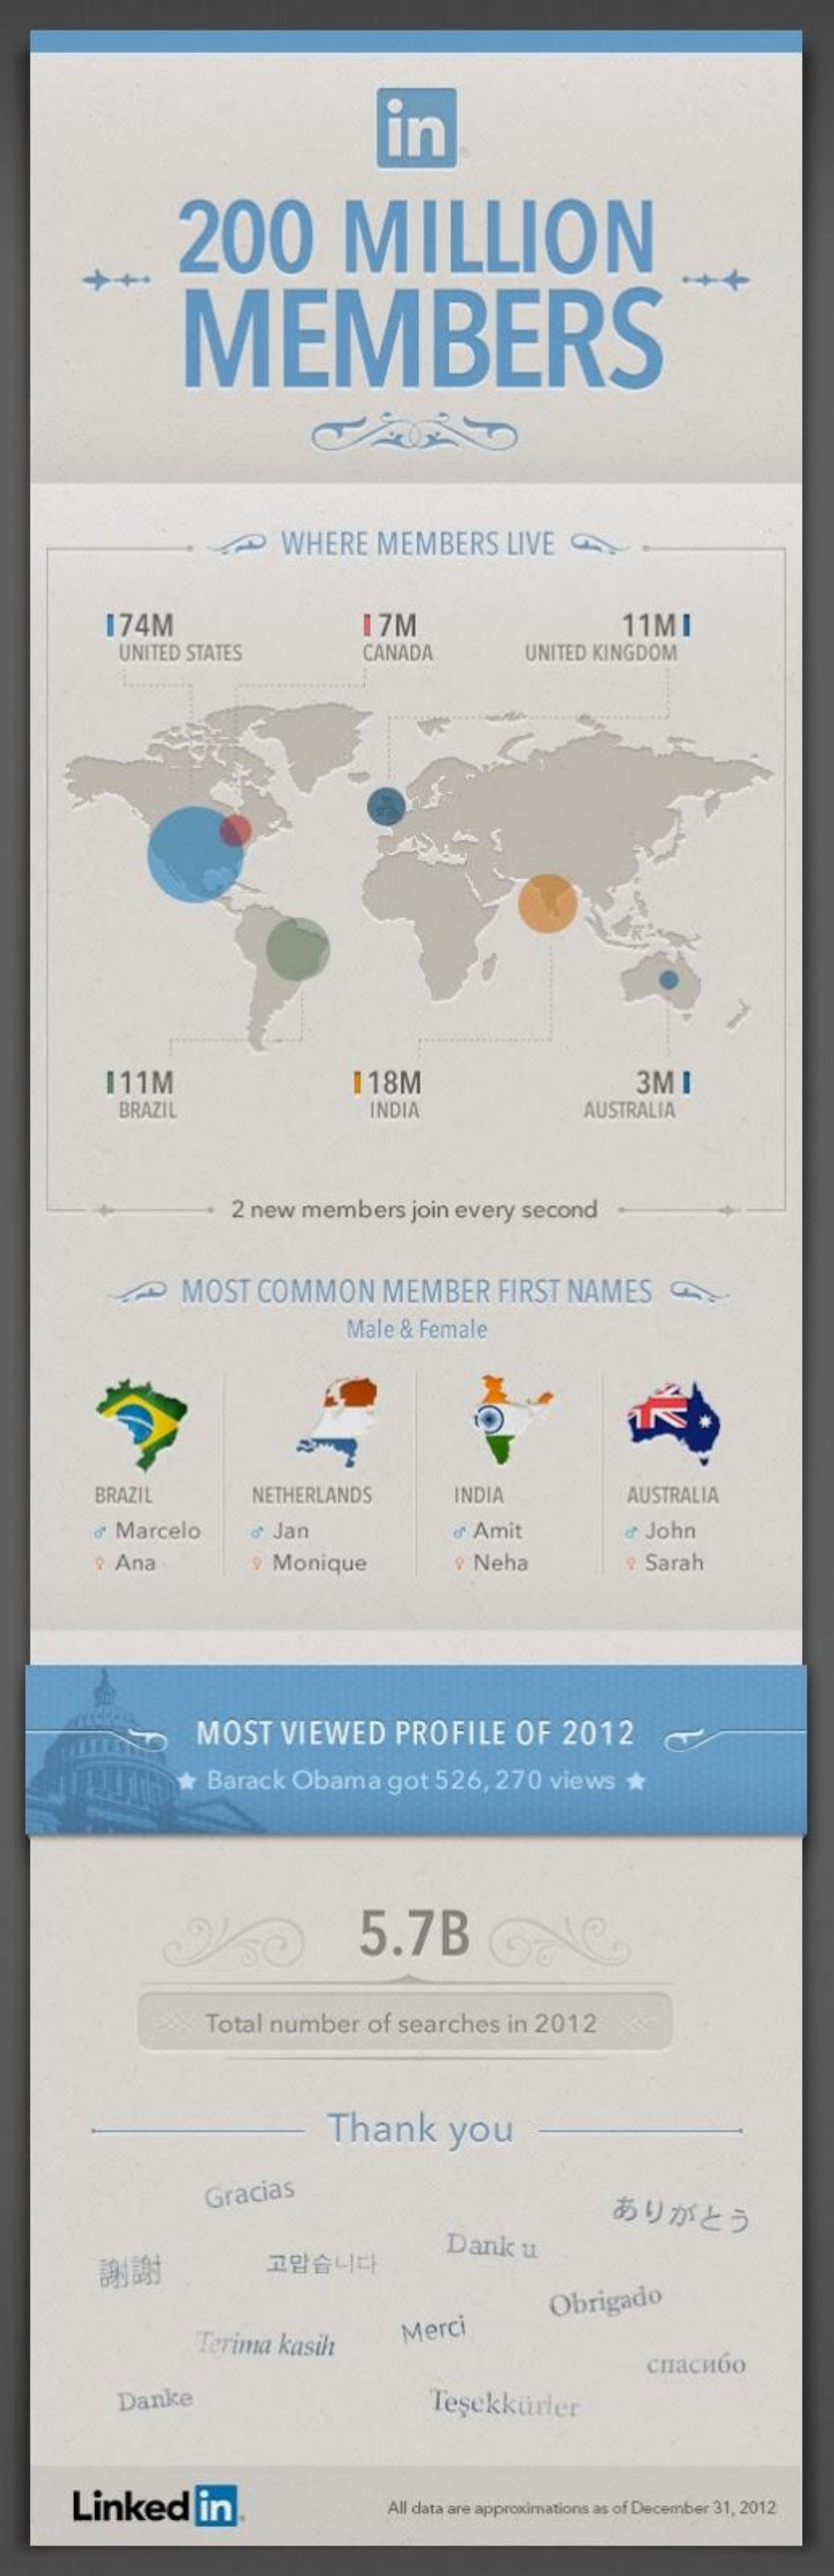
in
     200    MILLION
     MEMBERS
     ~  WHERE  MEMBERS  LIVE
     174M    17M    11MI
     UNITED STATES    CANADA    UNITED KINGDOM
     111M    118M    3MI
     BRAZIL    INDIA    AUSTRALIA
     2 new members join every second
     <~   MOST COMMON   MEMBER   FIRST NAMES
     Male & Female
     BRAZIL    NETHERLANDS    INDIA    AUSTRALIA
     Marcelo   8 Jan    d' Amit    John
     ? Ana    ? Monique    Neha    Sarah
     MOST  VIEWED  PROFILE  OF 2012
     * Barack Obama got 526, 270 views *
     5.7B
     Total number of searches in 2012
     Thank   you
     Gracias    あ り が と う
     謝  謝    고 맙 습 니 다
     Dank u
     Obrigado
     Terima kasih
     Merci
     chacnão
     Danke    Teşekkürler
     Linked   in    All data are approximations as of December 31, 2012